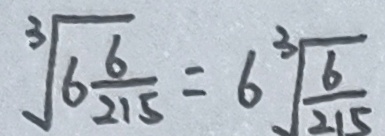
\sqrt [ 3 ] { 6 \frac { 6 } { 2 1 5 } } = 6 \sqrt [ 3 ] { \frac { 6 } { 2 1 5 } }